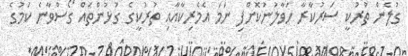
ގުލެން ތުރުކީ ސަރުކާރާ ހަވާލުނުކޮށްފި ނަމަ އެމެރިކާއާއި ތުރުކީގެ ގުޅުންތައް ގޯސްވާނެ ކަމުގެ